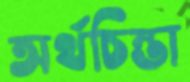
অর্থচিন্তা